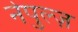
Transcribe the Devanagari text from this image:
नेपुल्ज़